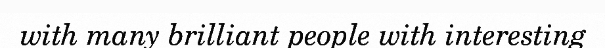
with many brilliant people with interesting